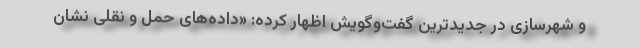
و شهرسازی در جدیدترین گفت‌وگویش اظهار کرده: «داده‌های حمل و نقلی نشان